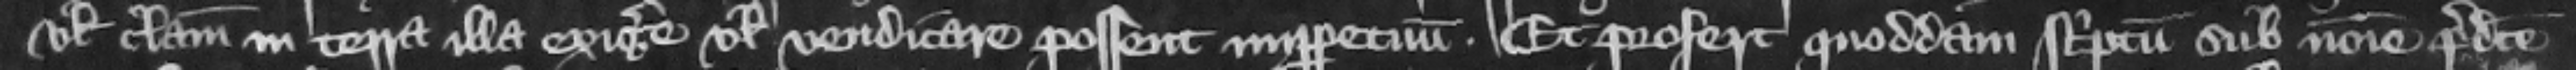
vel clamii in terra illa exigere vel vendicare possent imperpetuum. Et profert quoddam scriptum sub nomine predicte